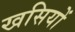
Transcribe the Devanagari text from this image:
खसियों